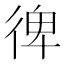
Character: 𢔌